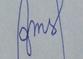
Signature authenticity: forged